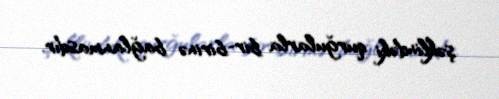
şəklindəki qurğularla bir-birinə bağlanmasdır.